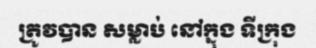
ត្រូវបាន សម្លាប់ នៅក្នុង ទីក្រុង